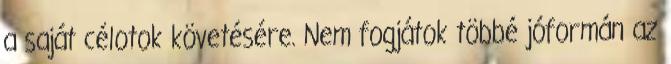
a saját célotok követésére. Nem fogjátok többé jóformán az